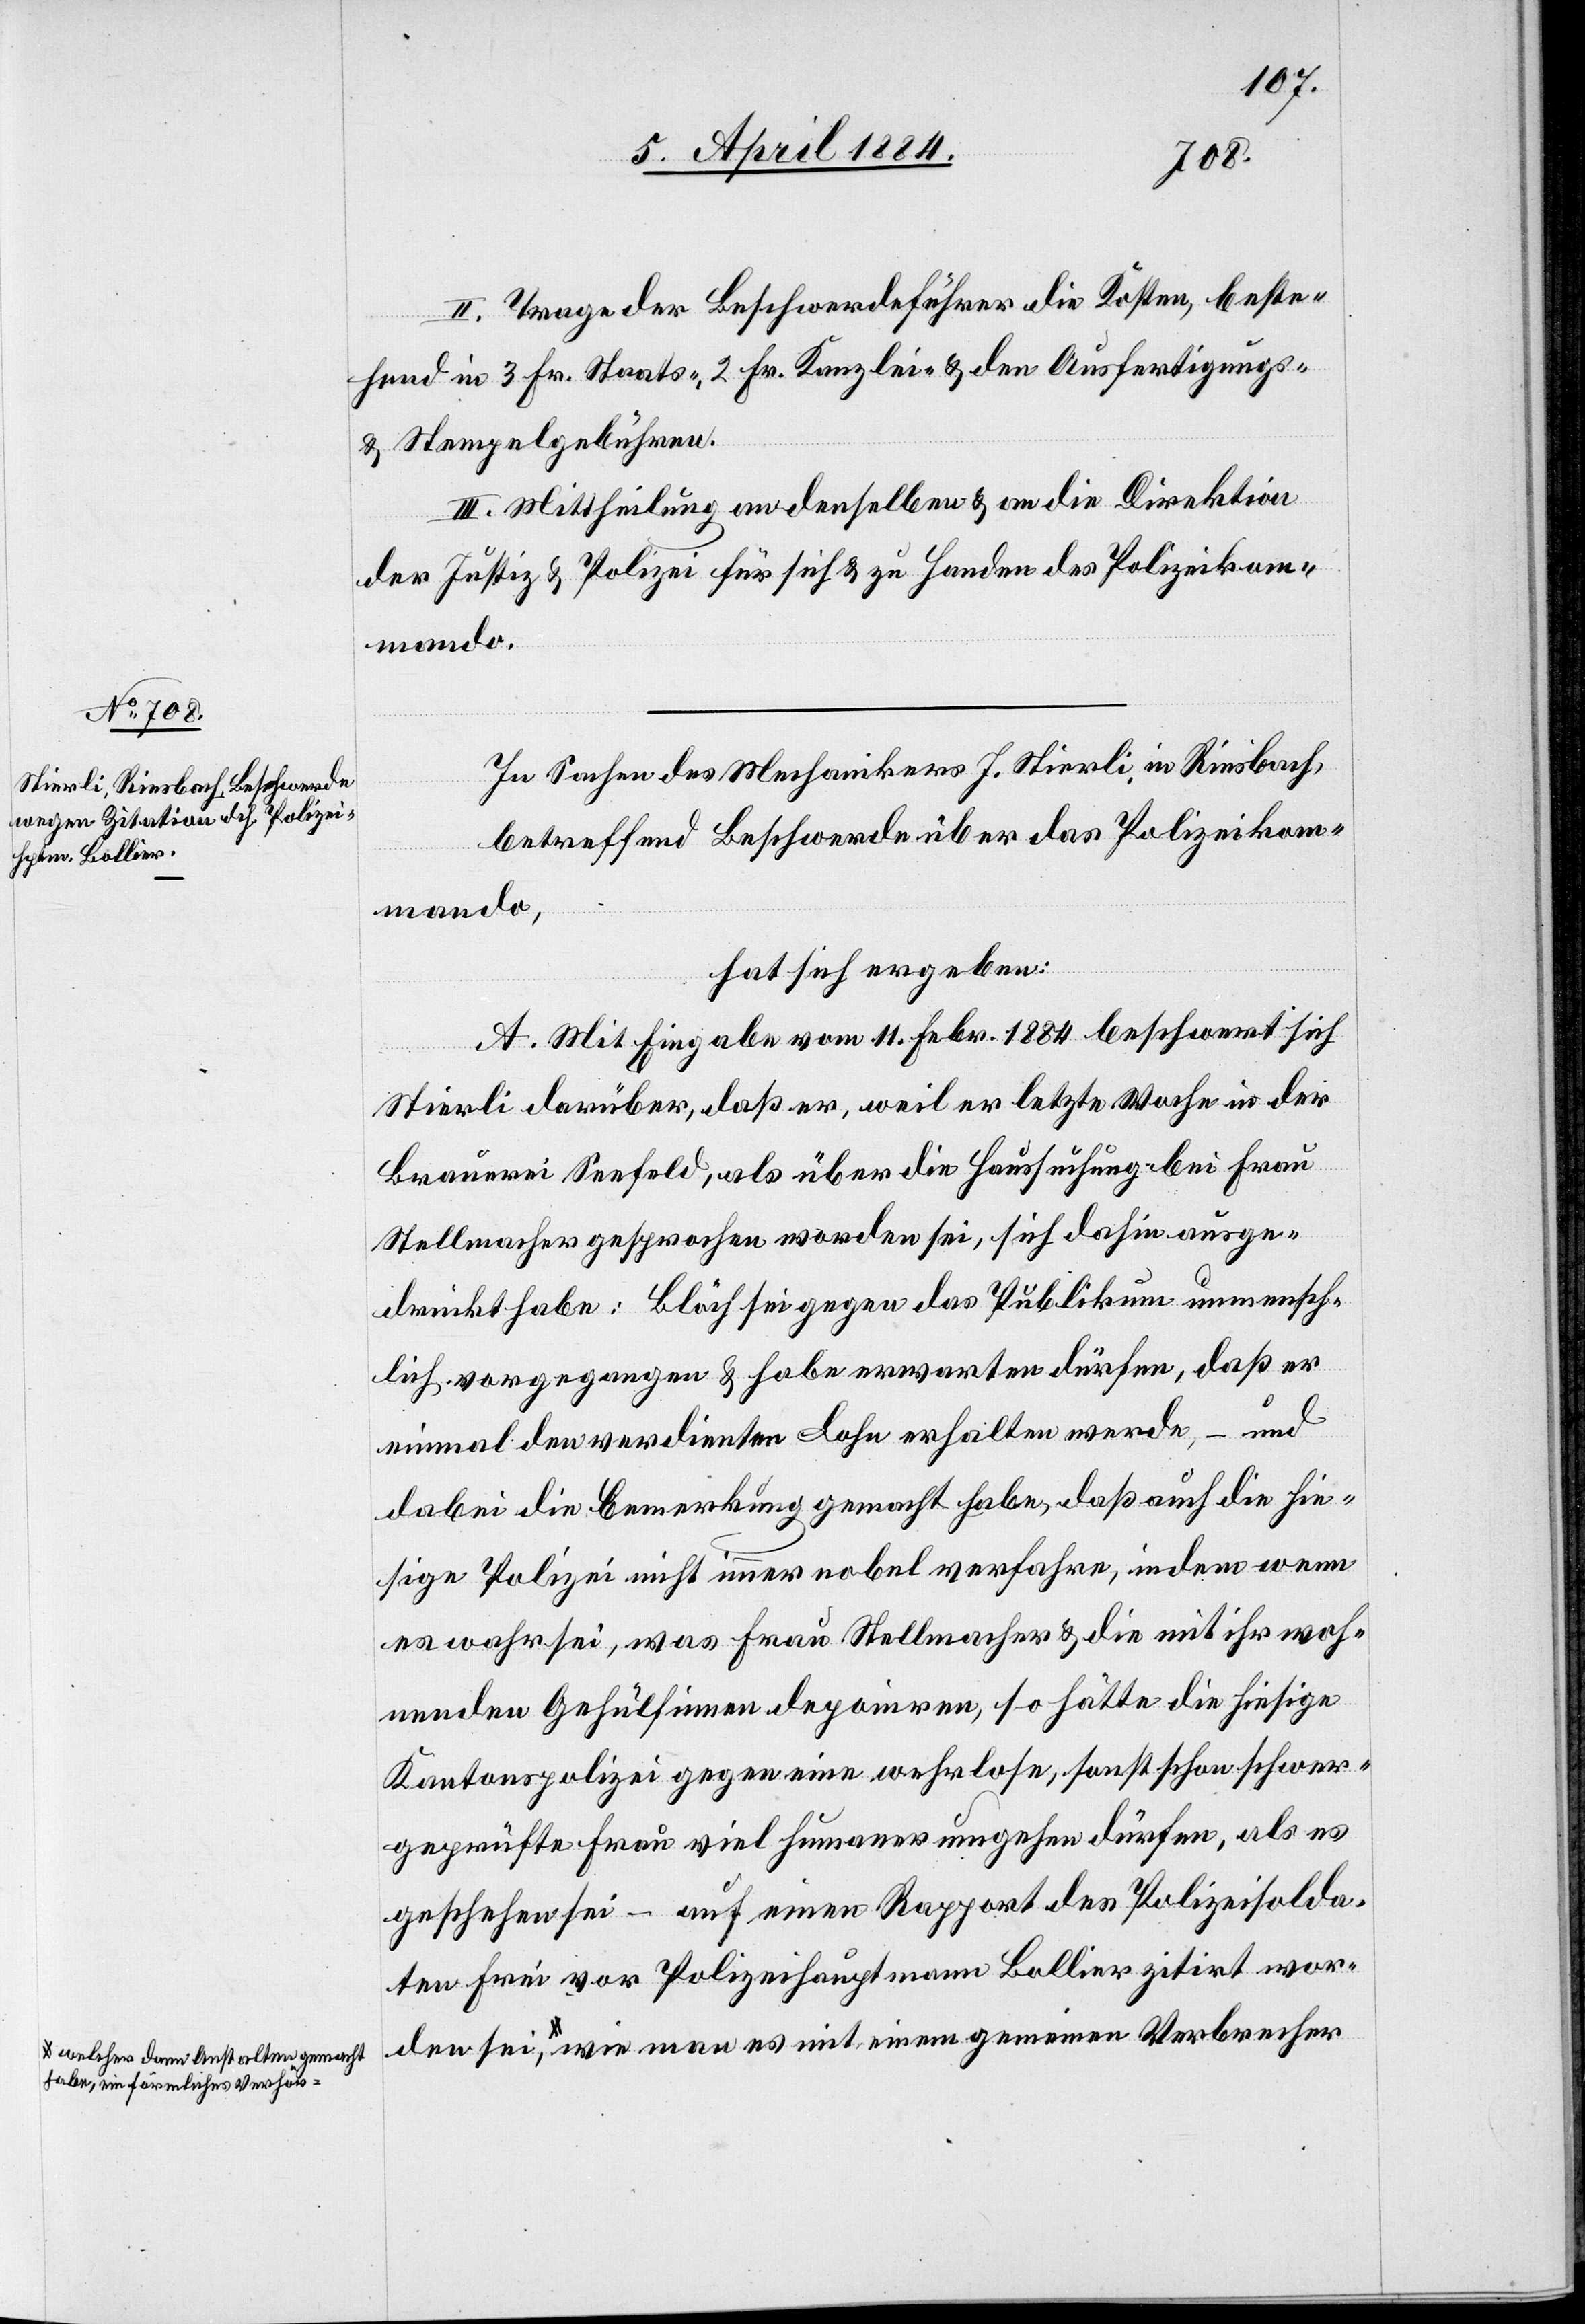
a-welcher dann Anstalten gemacht
habe, ein förmliches Verhö¬

II. Trage der Beschwerdeführer die Kosten, beste¬
hend in 3 Fr. Staats-, 2 Fr. Kanzlei- & den Ausfertigungs-
& Stempelgebühren.
III. Mittheilung an denselben & an die Direktion
der Justiz & Polizei für sich & zu Handen des Polizeikom¬
mando.
In Sachen des Mechanikers J. Stierli in Riesbach,
betreffend Beschwerde über das Polizeikom¬
mando,
hat sich ergeben:
A. Mit Eingabe vom 11. Febr. 1884 beschwert sich
Stierli darüber, daß er, weil er letzte Woche in der
Brauerei Seefeld, als über die Haussuchung bei Frau
Stellmacher gesprochen worden sei, sich dahin ausge¬
drückt habe: Blöch sei gegen das Publikum unmensch¬
lich vorgegangen & habe erwarten dürfen, daß er
einmal den verdienten Lohn erhalten werde, – und
dabei die Bemerkung gemacht habe, daß auch die hie¬
sige Polizei nicht immer nobel verfahre, indem wenn
es wahr sei, was Frau Stellmacher & die mit ihr woh¬
nenden Gehülfinnen deponiren, so hätte die hiesige
Kantonspolizei gegen eine wehrlose, sonst schon schwer¬
geprüfte Frau viel humaner umgehen dürfen, als es
geschehen sei – auf einen Rapport des Polizeisolda¬
ten Frei vor Polizeihauptmann Bollier zitirt worden
r-a wie man es mit einem gemeinen Verbrecher